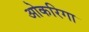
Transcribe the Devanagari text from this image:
ओकरिगा